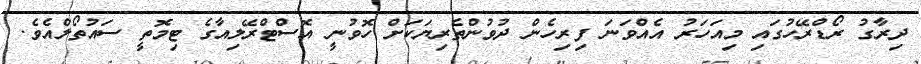
ދިރާގު ރޯޑްރޭހުގައި މިއަހަރު އެއްވަނަ ފިރިހެން ދުވުންތެރިޔަކަށް ހޮވުނީ އޮސްޓްރޭލިއާގެ ޓިމޮތީ ސައުތޯލްއެވެ.